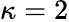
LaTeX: \kappa=2